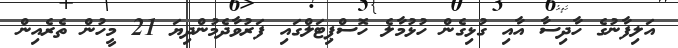
އަލިފާނުގެ ހާދިސާ އާއި ގުޅިގެން ހުޅުމާލެ ހޮސްޕިޓަލްގައި ފަރުވާދެމުންދިޔަ 21 މީހުން ތެރެއިން